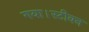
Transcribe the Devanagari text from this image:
गया।स्टीवन